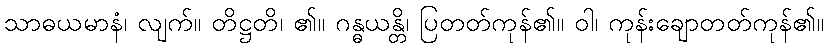
သာဓယမာနံ၊ လျက်။ တိဋ္ဌတိ၊ ၏။ ဂန္ဓယန္တိ၊ ပြတတ်ကုန်၏။ ဝါ၊ ကုန်းချောတတ်ကုန်၏။